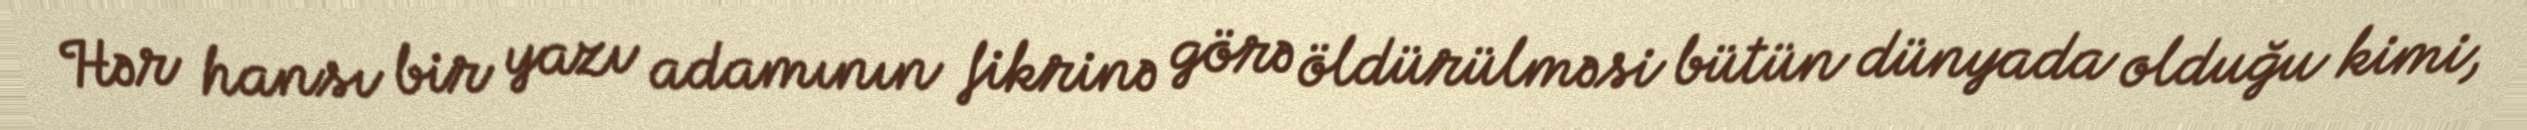
Hər hansı bir yazı adamının fikrinə görə öldürülməsi bütün dünyada olduğu kimi,